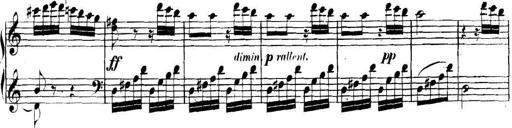
Title: Collected Piano Sonatas
Composer: Muzio Clementi